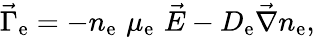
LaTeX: \vec{\Gamma}_{\mathrm{e}}=-n_{\mathrm{e}}\, \, \mu_{\mathrm{e}}\, \, \vec{E}-D_{\mathrm{e}}\vec{\nabla}n_{\mathrm{e}},